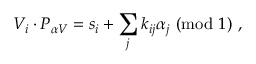
V _ { i } \cdot P _ { \alpha V } = s _ { i } + \sum _ { j } k _ { i j } \alpha _ { j } ~ ( { \mathrm { m o d } } ~ 1 ) ~ ,